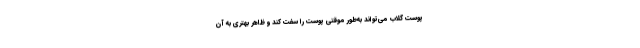
پوست گلاب می‌تواند به‌طور موقتی پوست را سفت کند و ظاهر بهتری به آن